Annual report of the Central Committee of the Association together with the report of the directors of the Pasteur Institute at Kasauli
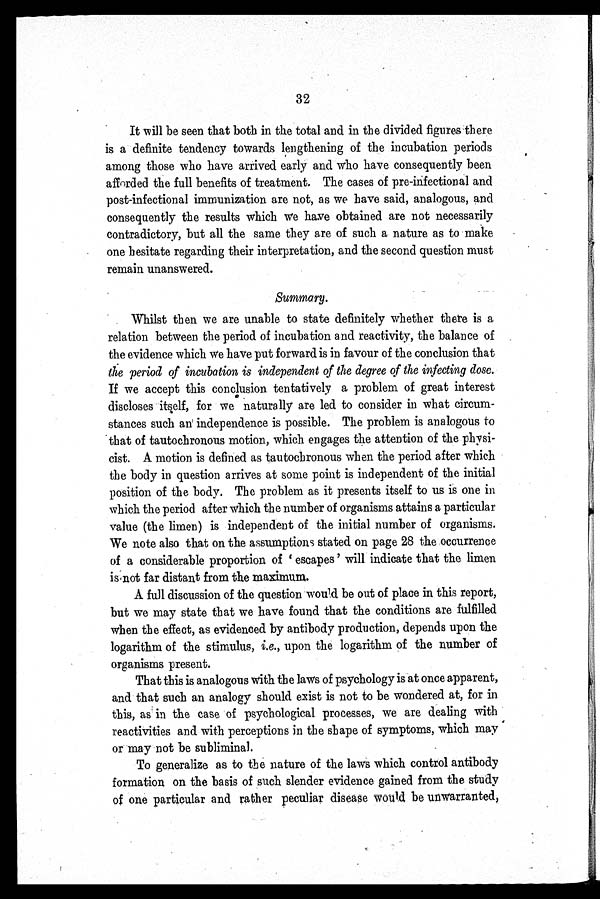
32
It will be seen that both in the total and in the divided figures there
is a definite tendency towards lengthening of the incubation periods
among those who have arrived early and who have consequently been
afforded the full benefits of treatment. The cases of pre-infectional and
post-infectional immunization are not, as we have said, analogous, and
consequently the results which we have obtained are not necessarily
contradictory, but all the same they are of such a nature as to make
one hesitate regarding their interpretation, and the second question must
remain unanswered.
Summary.
Whilst then we are unable to state definitely whether there is a
relation between the period of incubation and reactivity, the balance of
the evidence which we have put forward is in favour of the conclusion that
the period of incubation is independent of the degree of the infecting dose.
If we accept this conclusion tentatively a problem of great interest
discloses itself, for we naturally are led to consider in what circum
-stances such an independence is possible. The problem is analogous to
that of tautochronous motion, which engages the attention of the physi
-cist. A motion is defined as tautochronous when the period after which
the body in question arrives at some point is independent of the initial
position of the body. The problem as it presents itself to us is one in
which the period after which the number of organisms attains a particular
value (the limen) is independent of the initial number of organisms.
We note also that on the assumptions stated on page 28 the occurrence
of a considerable proportion of 'escapes' will indicate that the limen
is not far distant from the maximum.
A full discussion of the question would be out of place in this report,
but we may state that we have found that the conditions are fulfilled
when the effect, as evidenced by antibody production, depends upon the
logarithm of the stimulus, i.e., upon the logarithm of the number of
organisms present.
That this is analogous with the laws of psychology is at once apparent,
and that such an analogy should exist is not to be wondered at, for in
this, as in the case of psychological processes, we are dealing with
reactivities and with perceptions in the shape of symptoms, which may
or may not be subliminal.
To generalize as to the nature of the laws which control antibody
formation on the basis of such slender evidence gained from the study
of one particular and rather peculiar disease would be unwarranted,